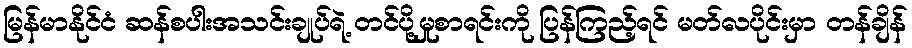
မြန်မာနိုင်ငံ ဆန်စပါးအသင်းချုပ်ရဲ့ တင်ပို့မှုစာရင်းကို ပြန်ကြည့်ရင် မတ်လပိုင်းမှာ တန်ချိန်